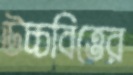
উচ্চবিত্তের